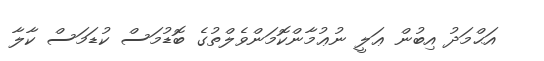
އަޙްމަދު އިބުން ޢަލީ ނުޢުމާންކޮމަންވެލްތުގެ ބޮޑުމަސް ކުޑަމަސް ކާލާ